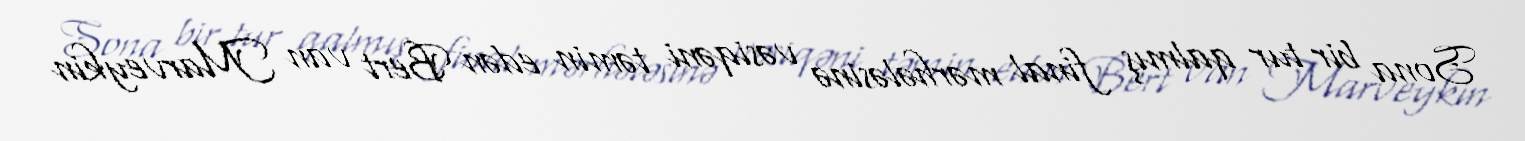
Sona bir tur qalmış final mərhələsinə vəsiqəni təmin edən Bert van Marveykin